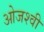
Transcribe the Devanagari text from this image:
ओजश्वी